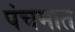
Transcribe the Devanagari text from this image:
पंचमात